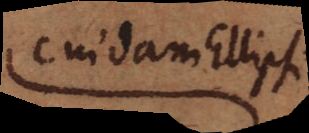
cuidam Ellipsi